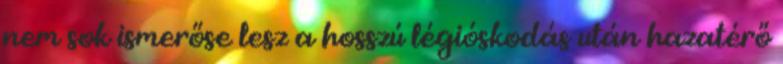
nem sok ismerőse lesz a hosszú légióskodás után hazatérő